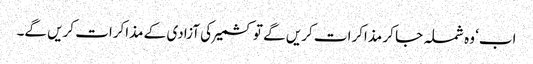
اب‘ وہ شملہ جا کر مذاکرات کریں گے تو کشمیر کی آزادی کے مذاکرات کریں گے۔